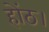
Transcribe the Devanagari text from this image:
होंठ।